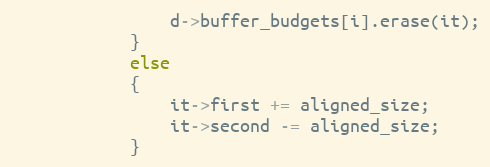
Language: C++
                d->buffer_budgets[i].erase(it);
            }
            else
            {
                it->first += aligned_size;
                it->second -= aligned_size;
            }